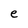
Character: e